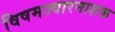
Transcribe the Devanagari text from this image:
विषमज्वारनाशक